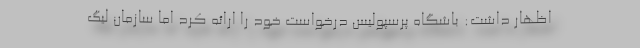
اظهار داشت:‌ باشگاه پرسپولیس درخواست خود را ارائه کرد اما سازمان لیگ